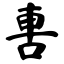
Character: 軎